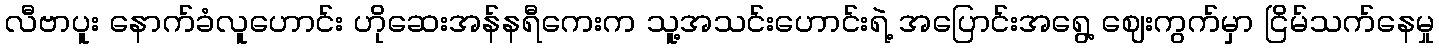
လီဗာပူး နောက်ခံလူဟောင်း ဟိုဆေးအန်နရီကေးက သူ့အသင်းဟောင်းရဲ့ အပြောင်းအရွေ့ ဈေးကွက်မှာ ငြိမ်သက်နေမှု